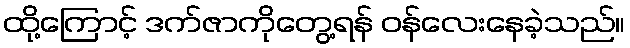
ထို့ကြောင့် ဒက်ဇာကိုတွေ့ရန် ဝန်လေးနေခဲ့သည်။